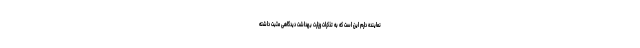
نماینده دارم این است که به تذکرات وزارت بهداشت دیدگاهی مثبت داشته